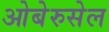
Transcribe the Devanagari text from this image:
ओबेरुसेल